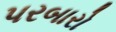
પરબારો